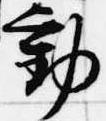
動